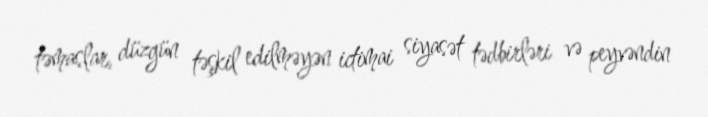
təmaslar, düzgün təşkil edilməyən ictimai siyasət tədbirləri və peyvəndin